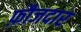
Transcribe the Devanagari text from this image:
फ़ौजदार